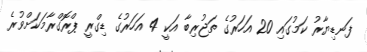
ފަނޑިޔާރު ކަމުގައި 20 އަހަރުގެ ތަޖުރިބާ އަކީ 4 އަހަރުގެ ޑިގްރީ ޕްރޮގްރާމަކަށްވުރެ